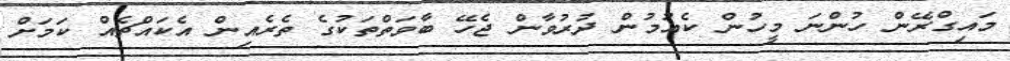
މައިގްރޭން ހުންނަ މީހުން ކެއުމުން ދުރުވާން ޖެހޭ ބާވަތްތަކުގެ ތެރެއިން އެކައްޗެއް ކަމަށް